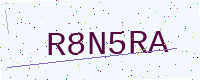
Text: R8N5RA